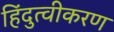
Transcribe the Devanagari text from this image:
हिंदुत्वीकरण